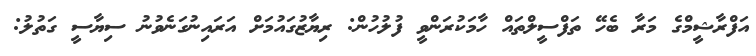
އަފްރާޝީމްގެ މަރާ ބެހޭ ތަފްސީލްތައް ހާމަކުރަންވީ ފުލުހުން: ރިޔާޒުގައުމަށް އަރައިނުގަނެވުނު ސިޔާސީ ގަތުލު: